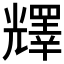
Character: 𠓋